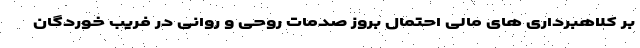
بر کلاهبرداری های مالی احتمال بروز صدمات روحی و روانی در فریب خوردگان